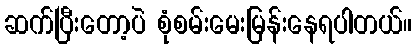
ဆက်ပြီးတော့ပဲ စုံစမ်းမေးမြန်းနေရပါတယ်။